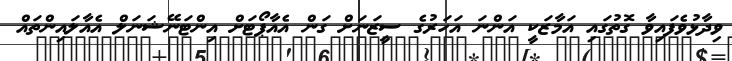
ވިދާޅުވެފައިވާ ގޮތުގައި އަމާޒަކީ އަންނަ އަހަރުގެ ސީޒަނަށް ގަން އެއާޕޯޓަށް އިންޓަނޭޝަނަލް އެއާލައިންތައް